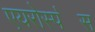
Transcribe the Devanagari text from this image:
एयरोस्प॓स